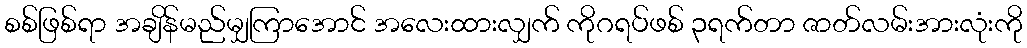
စစ်ဖြစ်ရာ အချိန်မည်မျှကြာအောင် အလေးထားလျှက် ကိုဂရပ်ဖစ် ၃ရက်တာ ဇာတ်လမ်းအားလုံးကို